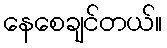
နေစေချင်တယ်။